Civil Veterinary Dept. Bombay admin report 1923-31 - 1923-1931
Year: 1923
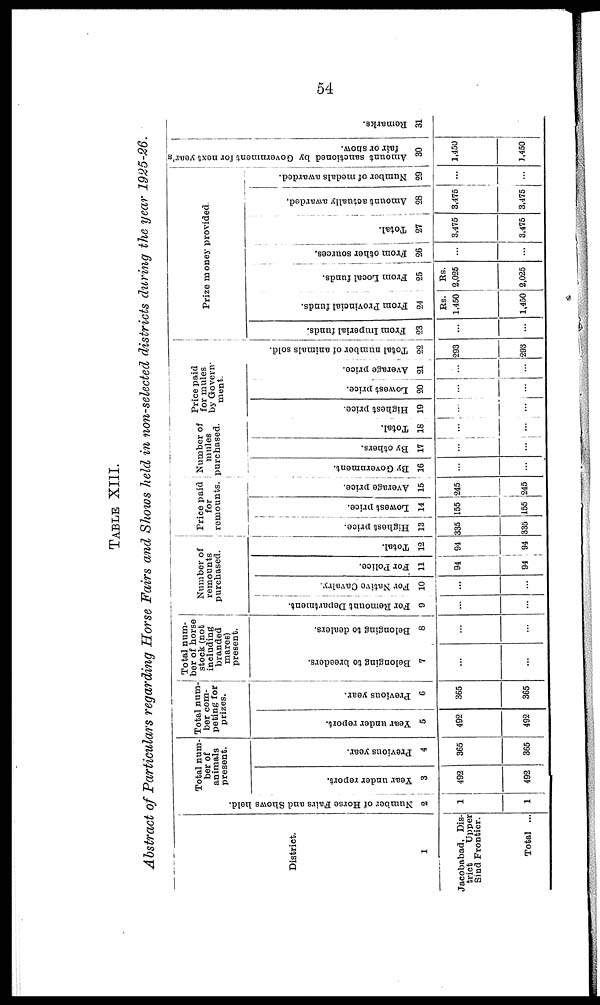
54
TABLE XIII.
Abstract of Particulars regarding Horse Fairs and Shows held in non-selected districts during the year 1925-26.
District.
1
Jacobabad, Dis-
trict
Upper
Sind Frontier.
Total ...
Number of Horse Fairs and Shows held.
2
1
1
Total num-
ber of
animals
present.
Year under report.
3
492
492
Previous year.
4
365
365
Total num-
ber com-
peting for
prizes.
Year under report.
5
492
492
Previous year.
6
365
365
Total num-
ber of horse
stock (not
including
branded
mares)
present.
Belonging to breeders.
7
...
...
Belonging to dealers.
8
...
...
Number of
remounts
purchased.
For Remount Department.
9
...
...
For Native Cavalry.
10
...
...
For Police.
11
94
94
Total.
12
94
94
Price paid
for
remounts.
Highest price.
13
335
335
Lowest price.
14
155
155
Average price.
15
245
245
Number of
mules
purchased.
By Government.
16
...
...
By others.
17
...
...
Total.
18
...
...
Price paid
for mules
by Govern-
ment.
Highest price.
19
...
...
Lowest price.
Average price.
20 21
I
... ...
... ...
Tot al number of animals sold.
22
293
293
Prize money provided.
From Imperial funds.
23
...
...
From Provincial funds.
24
Rs.
1,450
1,450
From Local funds.
25
Rs.
2,025
2,025
From other sources.
26
...
...
Total.
27
3,475
3,475
Amount actually awarded,
28
3,475
3,475
Number of medals awarded.
29
Amount sanctioned by Government for next year's
fair or show.
30
1,450
1,450
Re ma r
ks .
31